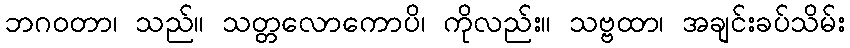
ဘဂဝတာ၊ သည်။ သတ္တလောကောပိ၊ ကိုလည်း။ သဗ္ဗထာ၊ အချင်းခပ်သိမ်း